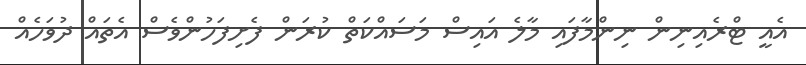
އެއީ ޓްރެއިނިން ނިންމާފައި މާލެ އައިސް މަސައްކަތް ކުރަން ފެށިފަހުންވެސް އެތައް ދުވަހެއް